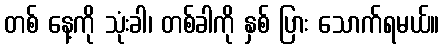
တစ် နေ့ကို သုံးခါ၊ တစ်ခါကို နှစ် ပြား သောက်ရမယ်။